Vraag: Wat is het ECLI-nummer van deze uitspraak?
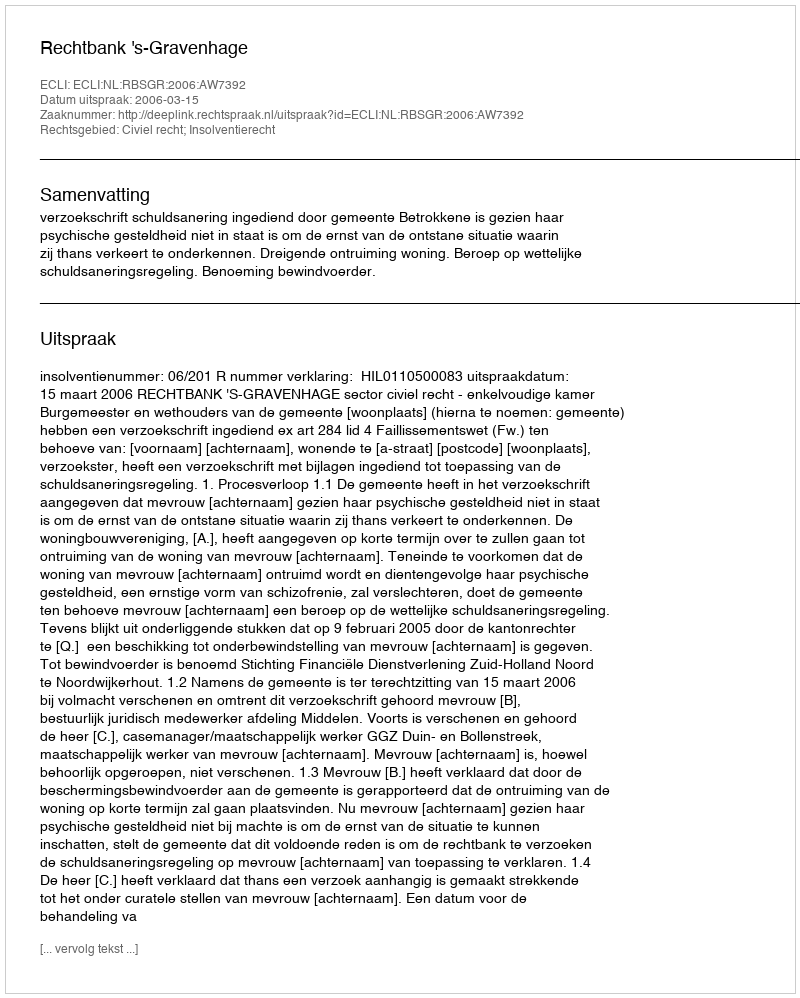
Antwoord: ECLI:NL:RBSGR:2006:AW7392